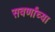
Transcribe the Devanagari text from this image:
सवर्णांच्या